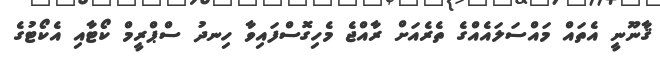
ޤާނޫނީ އެތައް މައްސަލައެއްގެ ތެރެއަށް ރާއްޖެ މެހިގޮސްފައިވާ ހިނދު ސްޕްރީމް ކޯޓާއި އެކޯޓުގެ